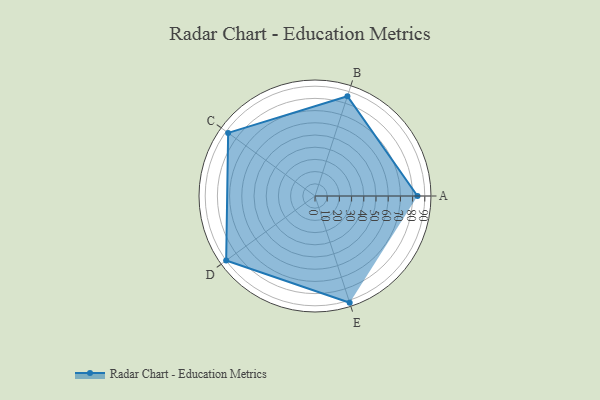
{"axis": {"x": "Skill", "y": "Score"}, "legend": ["Profile"], "data": [{"x": "A", "y": 84.0, "type": "Profile"}, {"x": "B", "y": 86.0, "type": "Profile"}, {"x": "C", "y": 88.0, "type": "Profile"}, {"x": "D", "y": 90.0, "type": "Profile"}, {"x": "E", "y": 92.0, "type": "Profile"}]}